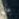
على